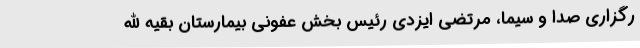
رگزاری صدا و سيما، مرتضی ایزدی رئیس بخش عفونی بیمارستان بقیه الله